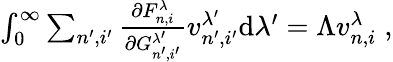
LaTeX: \begin{array}{r}{\int_{0}^{\infty}\sum_{n^{\prime},i^{\prime}}\frac{\partial F_{n,i}^{\lambda}}{\partial G_{n^{\prime},i^{\prime}}^{\lambda^{\prime}}}v_{n^{\prime},i^{\prime}}^{\lambda^{\prime}}\mathrm{d}\lambda^{\prime}=\Lambda v_{n,i}^{\lambda}\; ,}\end{array}